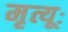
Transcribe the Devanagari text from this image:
मृत्यूः